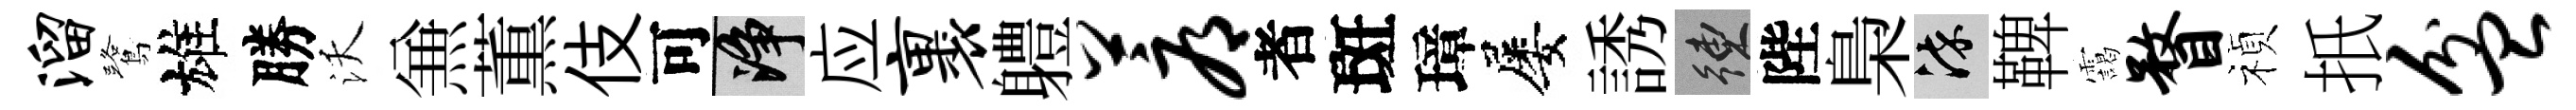
溜鷺雄勝沃𠔥薫伎可净应裹軆蓐者斑璋屡誘練陛梟染鞞靄瞀禎扺盆